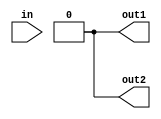
// Verilog HDL for "gates.lib", "splitter" "_functional"
// SPLITTER
module splitter (in, out1, out2);

input
	in;

output
	out1, out2;
reg 
	out1, out2;

parameter
	delay	= 10;

initial 
	begin
		out1 = 0;
		out2 = 0;
	end

always @(posedge in) 	// Execute at positive edge of in
	begin
	  out1 <= #delay in;
	  out1 <= #(delay+2) 0;
	  out2 <= #delay in;
	  out2 <= #(delay+2) 0;
	end

endmodule